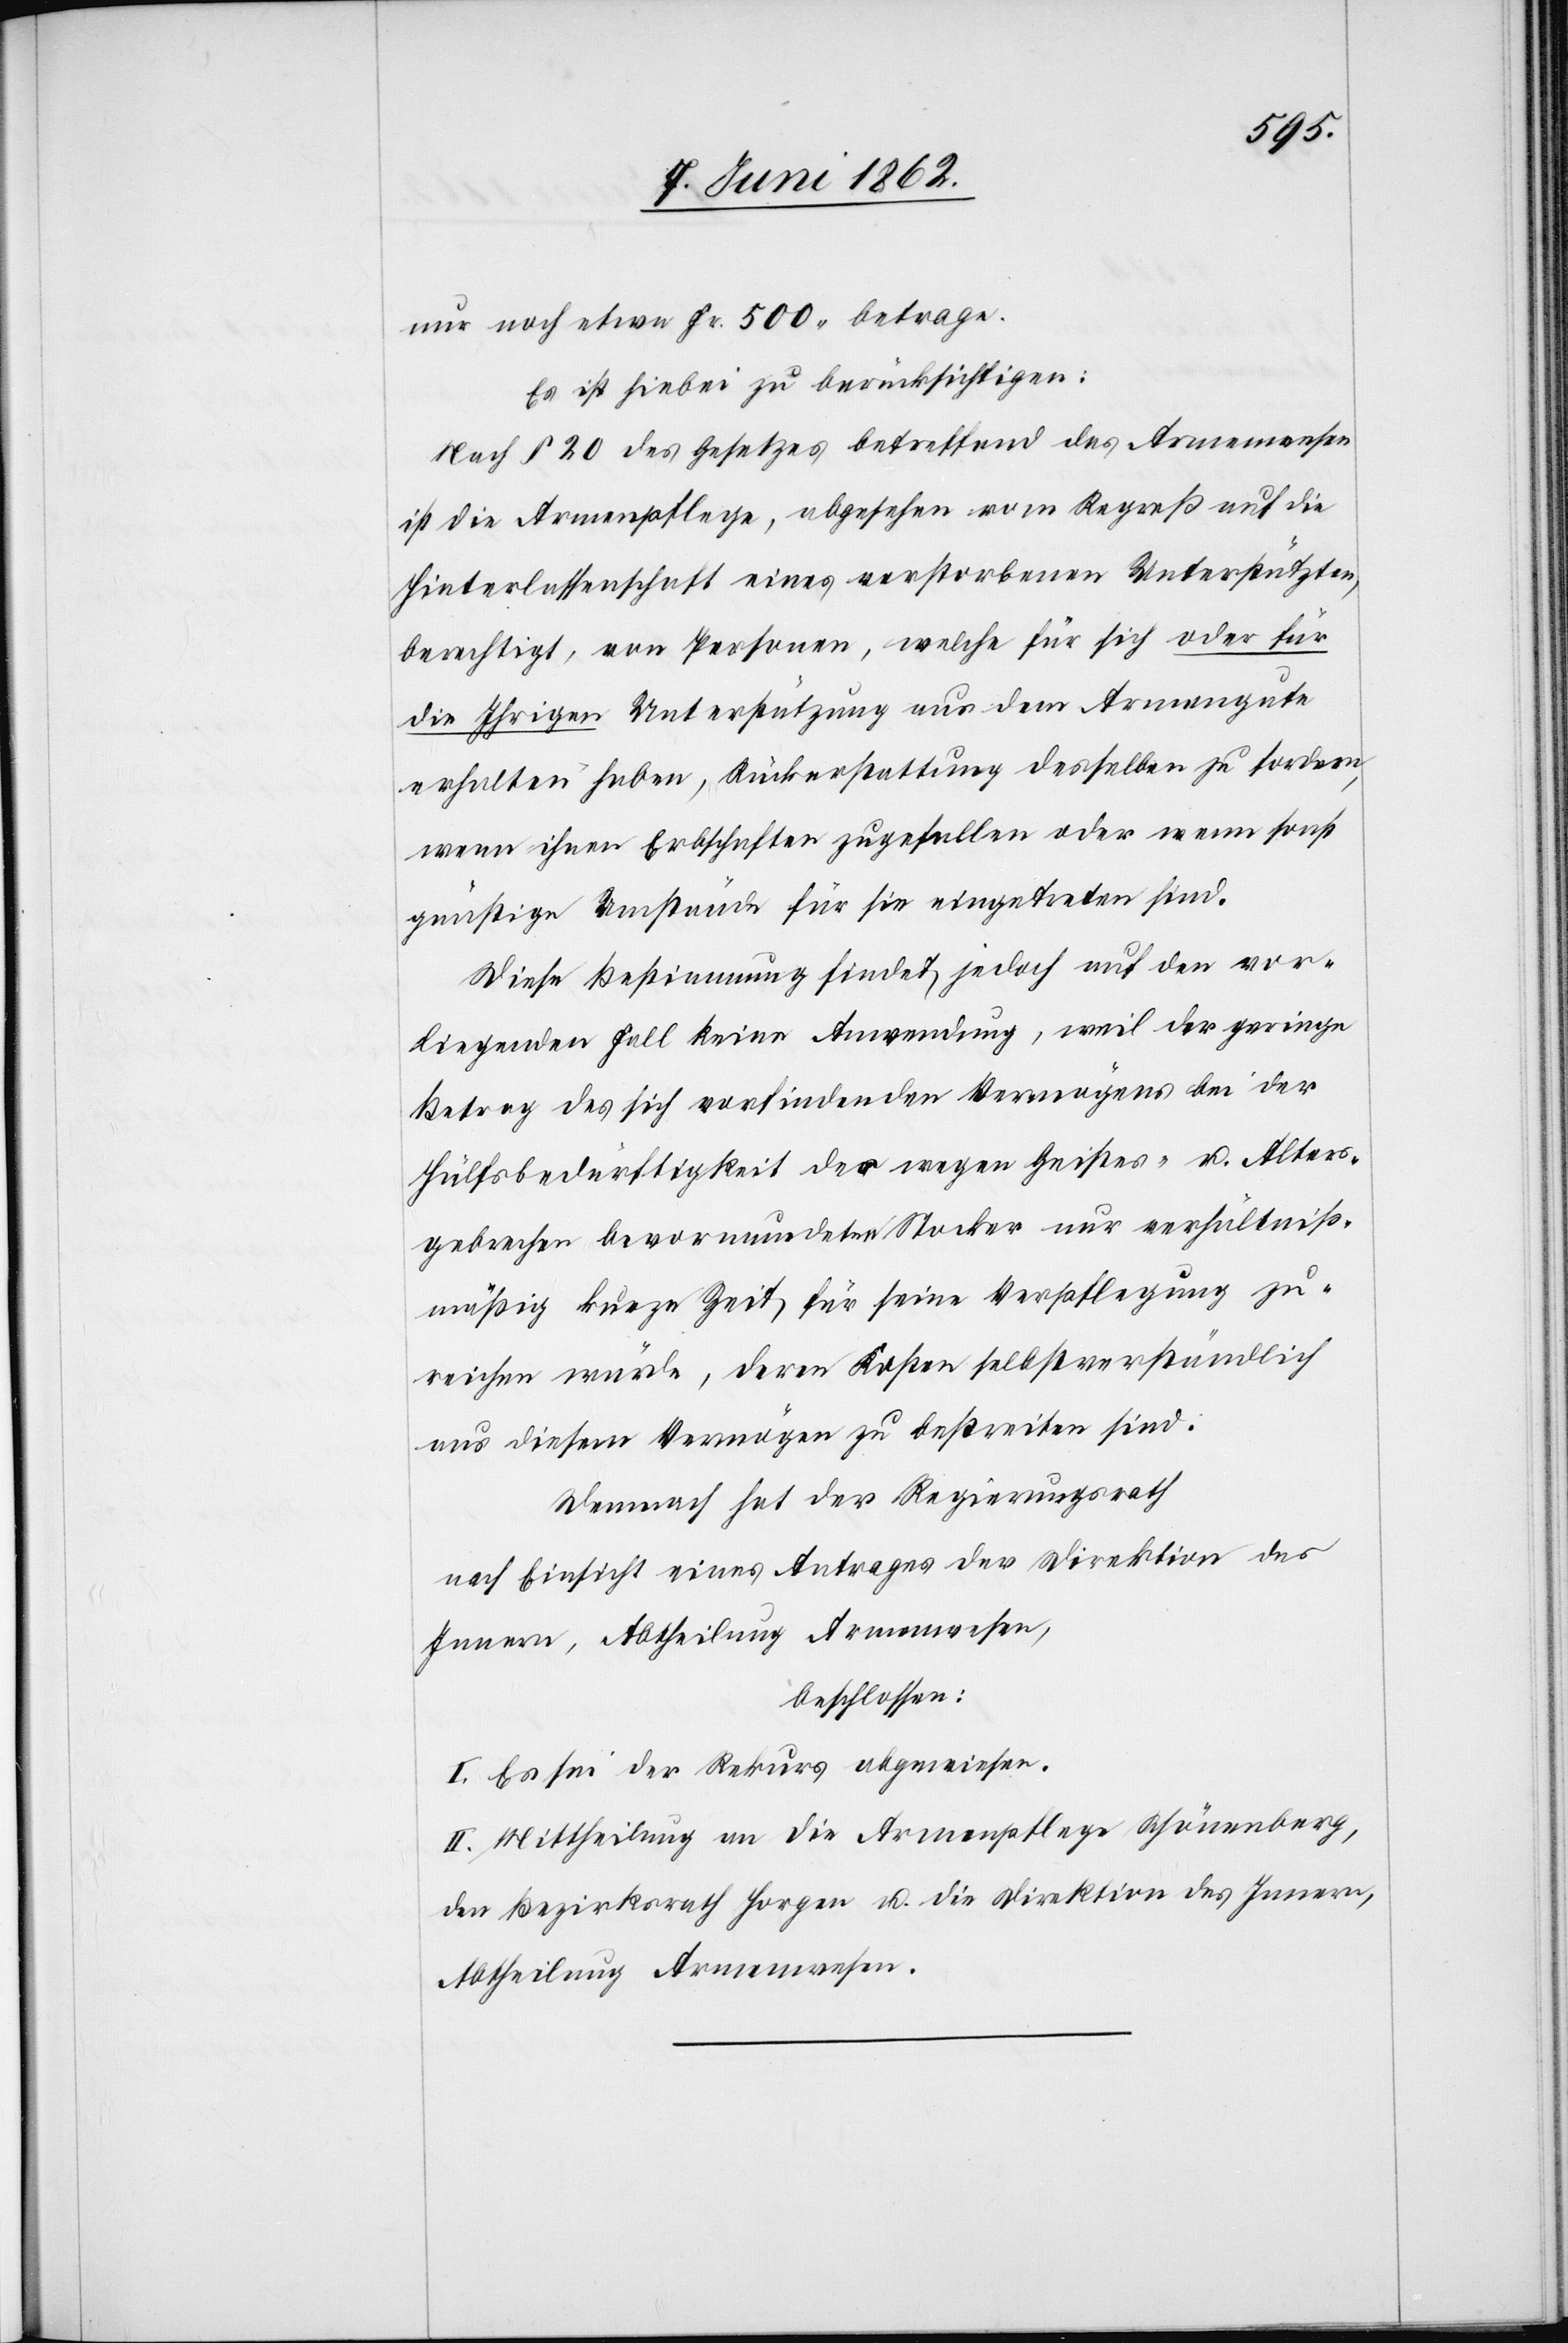
nur noch etwa Fr. 500 betrage.
Es ist hiebei zu berücksichtigen:
Nach § 20 des Gesetzes betreffend das Armenwesen
ist die Armenpflege, abgesehen vom Repreß auf die
Hinterlassenschaft eines verstorbenen Unterstützten,
berechtigt, von Personen, welche für sich oder für
die Ihrigen Unterstützung aus dem Armengute
erhalten haben, Rückerstattung desselben zu fordern,
wenn ihnen Erbschaften zugefallen oder wenn sonst
günstige Umstände für sie eingetreten sind.
Diese Bestimmung findet jedoch auf den vor¬
liegenden Fall keine Anwendung, weil der geringe
Betrag des sich vorfindenden Vermögens bei der
Hülfsbedürftigkeit des wegen Geistes- u. Alters¬
gebrechen bevormundeten Stocker nur verhältniß¬
mäßig kurze Zeit für seine Verpflegung zu¬
reichen würde, deren Kosten selbstverständlich
aus diesem Vermögen zu bestreiten sind.
Demnach hat der Regierungsrath
nach Einsicht eines Antrages der Direktion des
Innern, Abheilung Armenwesen,
beschlossen:
I. Es sei der Rekurs abgewiesen.
II. Mittheilung an die Armenpflege Schönenberg,
den Bezirksrath Horgen u. die Direktion des Innern,
Abtheilung Armenwesen.